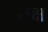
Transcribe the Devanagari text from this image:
नक्ष